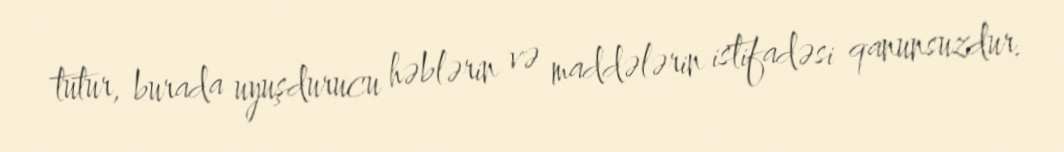
tutur, burada uyuşdurucu həblərin və maddələrin istifadəsi qanunsuzdur.